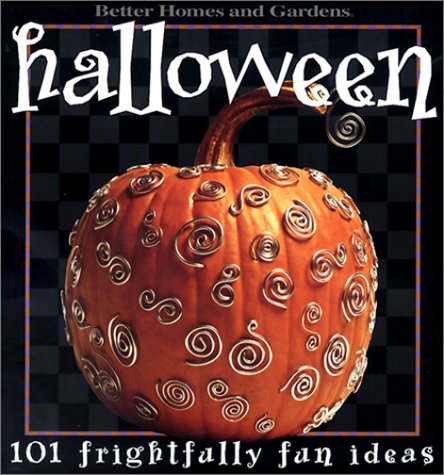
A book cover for Halloween: 101 Frightfully Fun Ideas; Better Homes and Gardens Books; Cookbooks, Food & Wine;